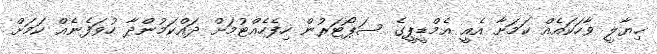
ޚިޔާލީ ވާހަކައެއް ކަމަށާ އެއީ އެމްޑީޕީގެ ސަޕޯޓަރުން ހިފެހެއްޓުމަށް ދައްކަމުންދާ ހުވަފެނެއް ކަމަށް